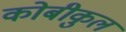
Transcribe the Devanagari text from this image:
कोबीकुल